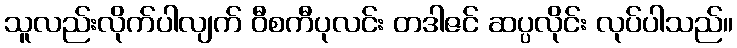
သူလည်းလိုက်ပါလျက် ဝီစကီပုလင်း တဒါဇင် ဆပ္ပလိုင်း လုပ်ပါသည်။